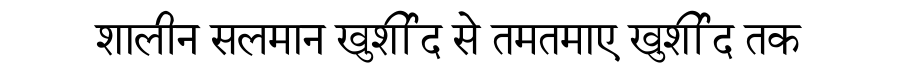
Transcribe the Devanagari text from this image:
शालीन सलमान खुर्शीद से तमतमाए खुर्शीद तक